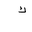
Letter: _kaf